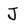
Character: J